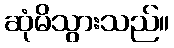
ဆုံမိသွားသည်။